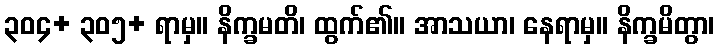
၃၀၄+ ၃၀၅+ ရာမှ။ နိက္ခမတိ၊ ထွက်၏။ အာသယာ၊ နေရာမှ။ နိက္ခမိတွာ၊